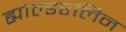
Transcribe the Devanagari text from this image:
ह्योल्डरलिन